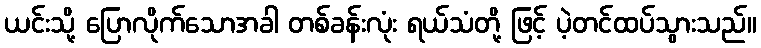
ယင်းသို့ ပြောလိုက်သောအခါ တစ်ခန်းလုံး ရယ်သံတို့ ဖြင့် ပဲ့တင်ထပ်သွားသည်။